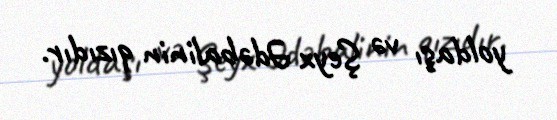
yoldaşı və Şeyx Ədəbalinin qızıdır.